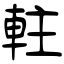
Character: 軴